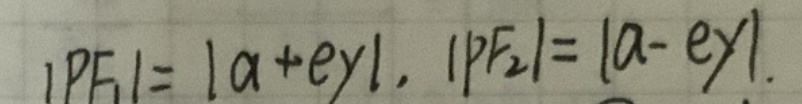
$|PF_1| = |a + ey|, |PF_2| = |a - ey|.$